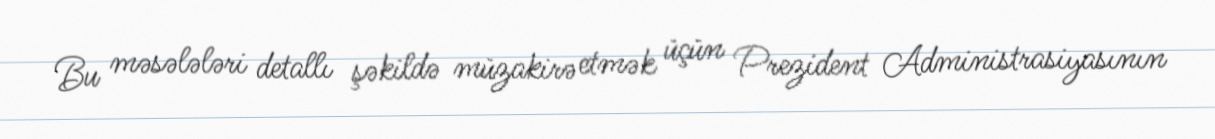
Bu məsələləri detallı şəkildə müzakirə etmək üçün Prezident Administrasiyasının